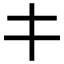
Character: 𰀁